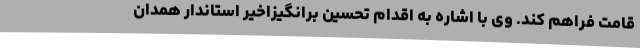
قامت فراهم کند. وی با اشاره به اقدام تحسین برانگیزاخیر استاندار همدان